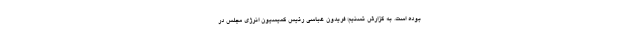
بوده است. به گزارش تسنیم؛ فریدون عباسی رئیس کمیسیون انرژی مجلس در